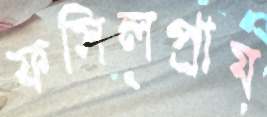
ফসিলপ্রায়